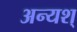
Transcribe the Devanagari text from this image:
अन्यश्